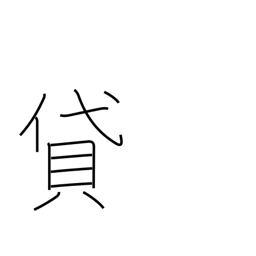
Meaning: lend